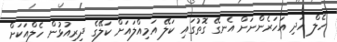
ހެލް އަދި އަހަރެންނަށް އެނގޭ ގޮތުގައި ކަލޭ އަމިއްލައަށް ކަލޭގެ ދިރިއުޅުން ހެލްއަކަށް